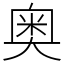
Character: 奥